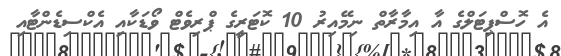
އެ ހޮސްޕިޓަލްގެ އާ އިމާރާތް ނިމޭއިރު 10 ކޮޓަރީގެ ޕްރިވެޓް ވޯޑަކާއި އެކްސިޑެންޓާއި